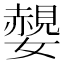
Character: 𡣅